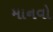
માનવો